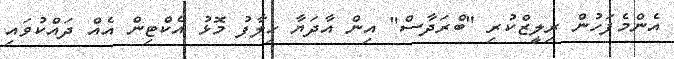
އެންމެފަހުން ރިލީޒްކުރި "ބްރަދާސް" އިން އާދަޔާ ހިލާފު މޮޅު އެކްޓިން އެއް ދައްކުވައި